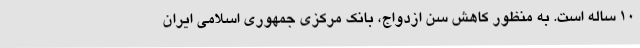
۱۰ ساله است. به منظور کاهش سن ازدواج، بانک مرکزی جمهوری اسلامی ایران